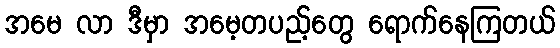
အမေ လာ ဒီမှာ အမေ့တပည့်တွေ ရောက်နေကြတယ်